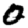
Digit: 0